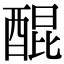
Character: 醌